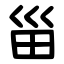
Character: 甾